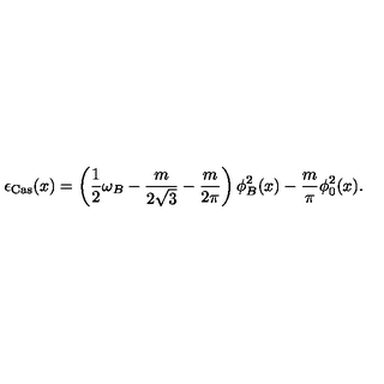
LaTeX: \epsilon _ { \mathrm { C a s } } ( x ) = \left( \frac { 1 } { 2 } \omega _ { B } - \frac { m } { 2 \sqrt { 3 } } - \frac { m } { 2 \pi } \right) \phi _ { B } ^ { 2 } ( x ) - \frac { m } { \pi } \phi _ { 0 } ^ { 2 } ( x ) .